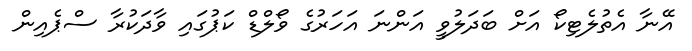
އޭނާ އެތުލެޓިކޯ އަށް ބަދަލުވީ އަންނަ އަހަރުގެ ވޯލްޑް ކަޕުގައި ވާދަކުރާ ސްޕެއިން